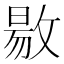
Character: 敭